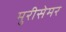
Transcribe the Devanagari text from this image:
मुरीसेमर